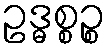
ဥဒ္ဓစ္စဉ္စ